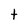
Character: t